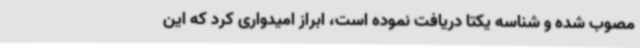
مصوب شده و شناسه یکتا دریافت نموده است، ابراز امیدواری کرد که این